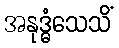
အနုဒ္ဓံသေသိံ